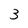
Character: 3